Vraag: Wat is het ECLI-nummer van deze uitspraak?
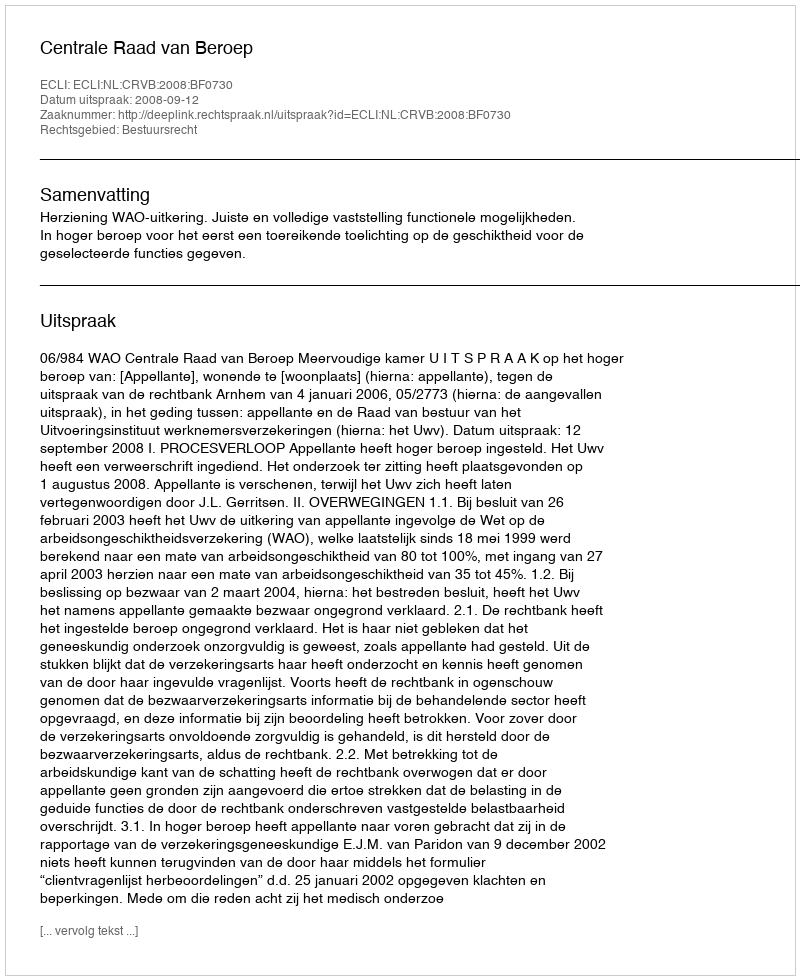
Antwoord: ECLI:NL:CRVB:2008:BF0730